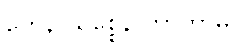
တေန သစ္စေန ကာဟာမိ၊